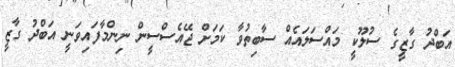
އަބްދު ގާޒީގެ ސުލޫކީ މައްސަލައެއް ސާބިތުވާ ކަމަށް ޖޭއެސްސީން ނިންމާފައިވަނީ އަބްދު ގާޒީ